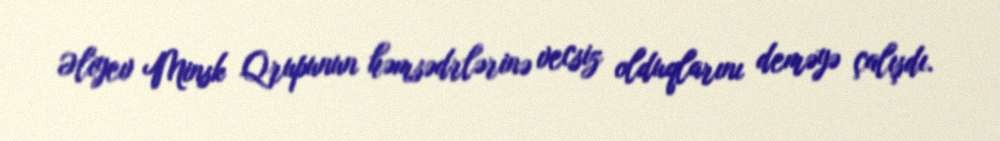
Əliyev Minsk Qrupunun həmsədrlərinə vecsiz olduqlarını deməyə çalışdı.